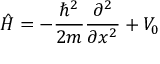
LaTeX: { \hat { H } } = - { \frac { \hbar ^ { 2 } } { 2 m } } { \frac { \partial ^ { 2 } } { \partial x ^ { 2 } } } + V _ { 0 }